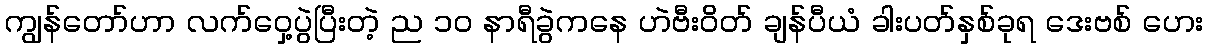
ကျွန်တော်ဟာ လက်ဝှေ့ပွဲပြီးတဲ့ ည ၁၀ နာရီခွဲကနေ ဟဲဗီးဝိတ် ချန်ပီယံ ခါးပတ်နှစ်ခုရ ဒေးဗစ် ဟေး